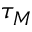
\tau _ { M }